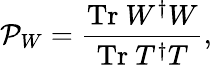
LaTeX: \mathcal{P}_{W}=\frac{\mathrm{Tr}~W^{\dagger}W}{\mathrm{Tr}~T^{\dagger}T},